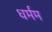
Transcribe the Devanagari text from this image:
धर्मम